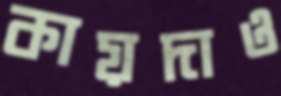
কায়দাও